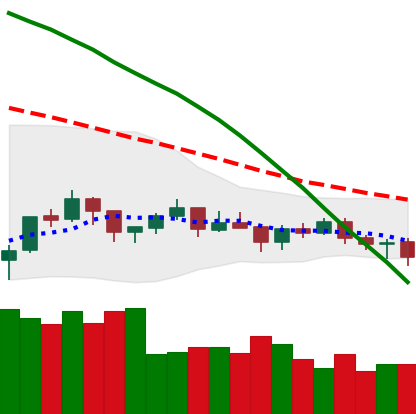
Ticker: BTC-USD
Chart end date: 2021-07-15
Forward return: -6.209%
Label: down_5_7